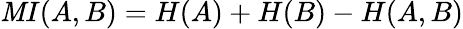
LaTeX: \mathit{M}I(A,B)=H(A)+H(B)-H(A,B)